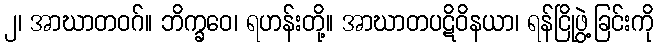
၂၊ အာဃာတဝဂ်။ ဘိက္ခဝေ၊ ရဟန်းတို့။ အာဃာတပဋိဝိနယာ၊ ရန်ငြိုဖွဲ့ခြင်းကို